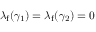
\lambda _ { \mathrm { f } } ( \gamma _ { 1 } ) = \lambda _ { \mathrm { f } } ( \gamma _ { 2 } ) = 0